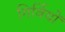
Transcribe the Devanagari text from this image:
गिर्वियों